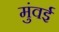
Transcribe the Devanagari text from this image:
मुंवई